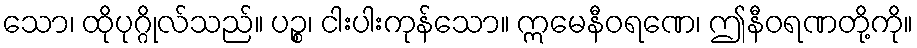
သော၊ ထိုပုဂ္ဂိုလ်သည်။ ပဉ္စ၊ ငါးပါးကုန်သော။ ဣမေနီဝရဏေ၊ ဤနီဝရဏတို့ကို။